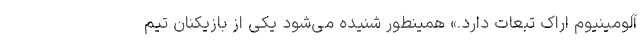
آلومینیوم اراک تبعات دارد.» همینطور شنیده می‌شود یکی از بازیکنان تیم